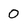
Character: 0